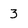
Character: 3